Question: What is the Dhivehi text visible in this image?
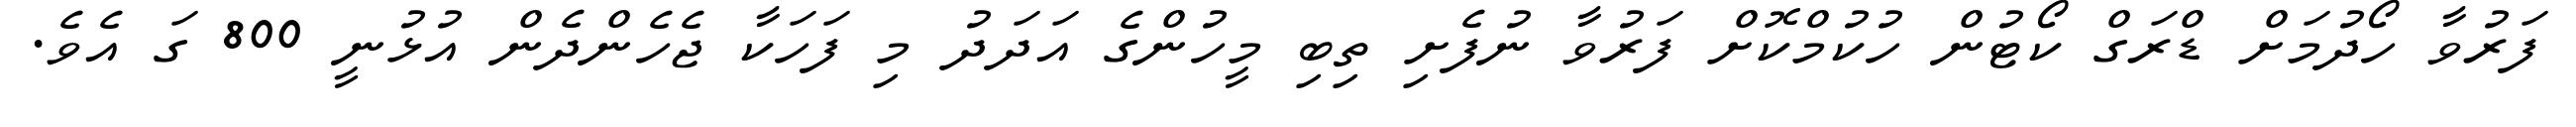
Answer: ފަރުވާ ހޯދުމަށް ޑްރަގް ކޯޓުން ހުކުމްކޮށް ފަރުވާ ނުފެށި ތިބި މީހުންގެ އަދަދު މި ފަހަކާ ޖެހެންދެން އުޅުނީ 800 ގަ އެވެ.